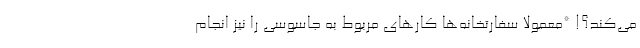
می‌کند؟! *معمولا سفارتخانه‌ها کارهای مربوط به جاسوسی را نیز انجام